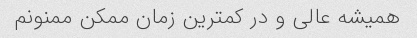
همیشه عالی و در کمترین زمان ممکن ممنونم